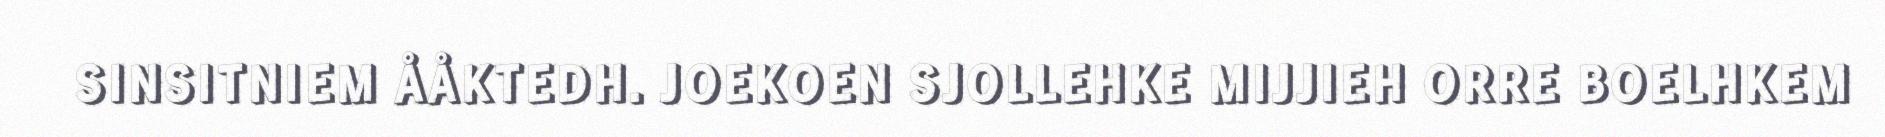
SINSITNIEM ÅÅKTEDH. JOEKOEN SJOLLEHKE MIJJIEH ORRE BOELHKEM